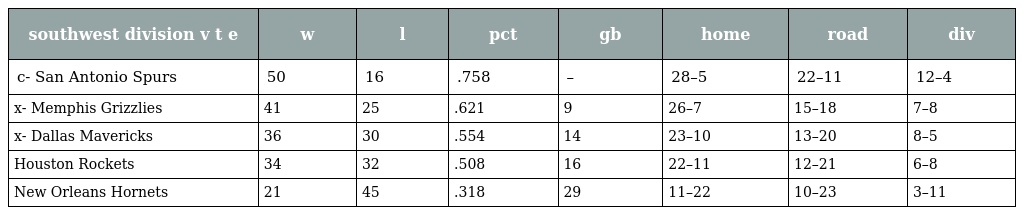
| southwest division v t e | w | l | pct | gb | home | road | div |
 | --- | --- | --- | --- | --- | --- | --- | --- |
 | c- San Antonio Spurs | 50 | 16 | .758 | – | 28–5 | 22–11 | 12–4 |
 | x- Memphis Grizzlies | 41 | 25 | .621 | 9 | 26–7 | 15–18 | 7–8 |
 | x- Dallas Mavericks | 36 | 30 | .554 | 14 | 23–10 | 13–20 | 8–5 |
 | Houston Rockets | 34 | 32 | .508 | 16 | 22–11 | 12–21 | 6–8 |
 | New Orleans Hornets | 21 | 45 | .318 | 29 | 11–22 | 10–23 | 3–11 |